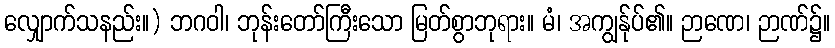
လျှောက်သနည်း။) ဘဂဝါ၊ ဘုန်းတော်ကြီးသော မြတ်စွာဘုရား။ မံ၊ အကျွန်ုပ်၏။ ဉာဏေ၊ ဉာဏ်၌။